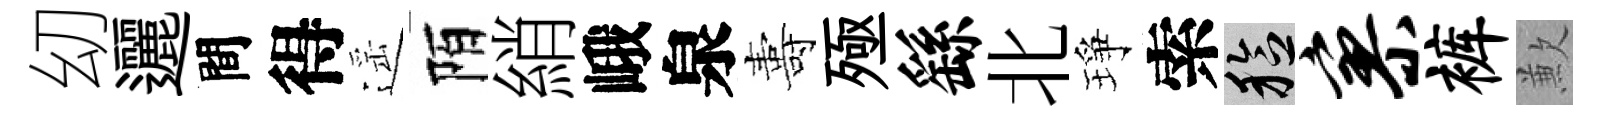
㓜邐間得遥陌綃峨泉夀殛繇北琤索稔寥裤歉